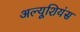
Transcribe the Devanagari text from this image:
अल्यूशियंस